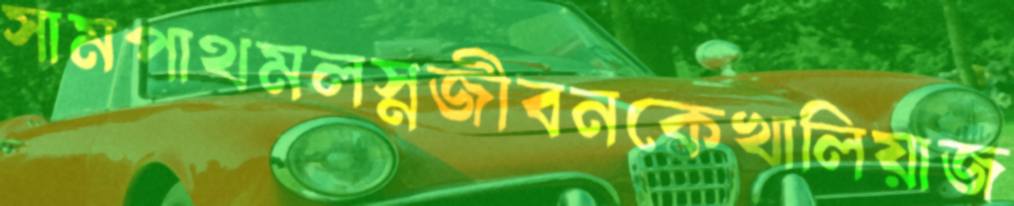
সামপাথমলস্নজীবনকেখালিয়াজ